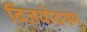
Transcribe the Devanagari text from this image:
विजयोदयम्